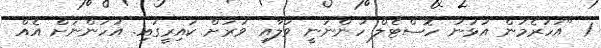
1 "އަހަރެމުން އުޅުނު ހޮސްޓެލް ހުންނަނީ ވަލާއި ވަރަށް ކައިރީގައި. އަހަންނަށް އެއް